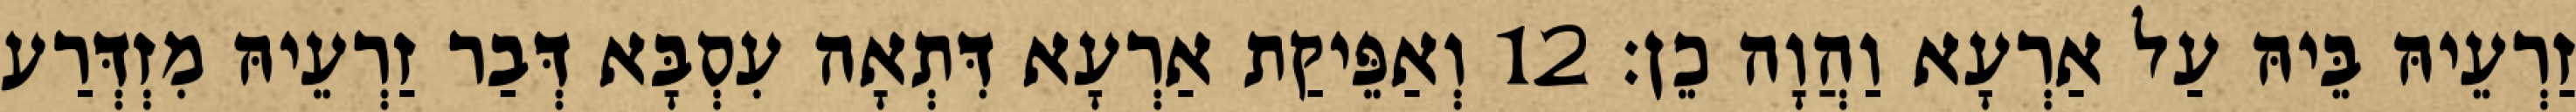
זַרְעֵיהּ בֵּיהּ עַל אַרְעָא וַהֲוָה כֵן׃ 12 וְאַפֵּיקַת אַרְעָא דִּתְאָה עִסְבָּא דְּבַר זַרְעֵיהּ מִזְדְּרַע